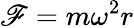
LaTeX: \mathscr{F}=m\omega^{2}r